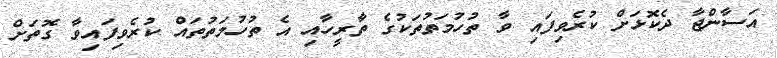
އަސާންޖާ ދެކޮޅަށް ކުރެވިފައި ވާ ތުހުމަތުތަކުގެ ތާރީހާއި އެ ތުހުމަތުތައް ކުރެވިފައިވާ ގޮތަށް